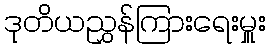
ဒုတိယညွှန်ကြားရေးမှူး